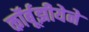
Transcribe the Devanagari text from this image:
कॉर्बूझीयेने